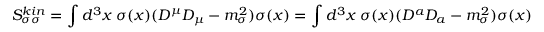
S _ { \sigma \sigma } ^ { k i n } = \int d ^ { 3 } x \; \sigma ( x ) ( D ^ { \mu } D _ { \mu } - m _ { \sigma } ^ { 2 } ) \sigma ( x ) = \int d ^ { 3 } x \; \sigma ( x ) ( D ^ { a } D _ { a } - m _ { \sigma } ^ { 2 } ) \sigma ( x )